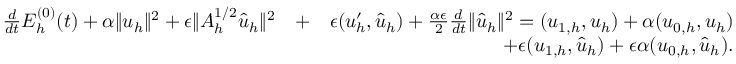
\begin{array} { r l r } { \frac { d } { d t } { \cal E } _ { h } ^ { ( 0 ) } ( t ) + \alpha \| u _ { h } \| ^ { 2 } + \epsilon \| A _ { h } ^ { 1 / 2 } \hat { u } _ { h } \| ^ { 2 } } & { + } & { \epsilon ( u _ { h } ^ { \prime } , \hat { u } _ { h } ) + \frac { \alpha \epsilon } { 2 } \frac { d } { d t } \| \hat { u } _ { h } \| ^ { 2 } = ( u _ { 1 , h } , u _ { h } ) + \alpha ( u _ { 0 , h } , u _ { h } ) } \\ & { } & { + \epsilon ( u _ { 1 , h } , \hat { u } _ { h } ) + \epsilon \alpha ( u _ { 0 , h } , \hat { u } _ { h } ) . } \end{array}